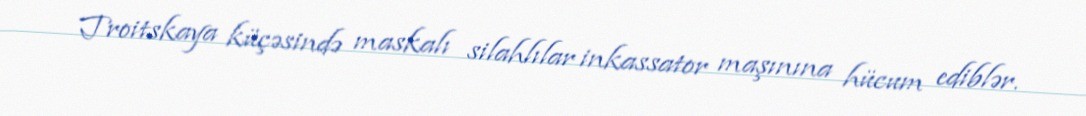
Troitskaya küçəsində maskalı silahlılar inkassator maşınına hücum ediblər.